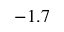
- 1 . 7